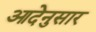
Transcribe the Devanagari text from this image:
आदेनुसार